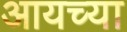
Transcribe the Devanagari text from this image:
आयच्या